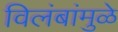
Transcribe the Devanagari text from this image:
विलंबांमुळे